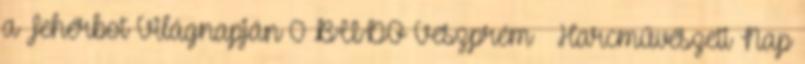
a Fehérbot Világnapján 0 BUDO Veszprém – Harcművészeti Nap